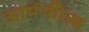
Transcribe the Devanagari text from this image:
आर्मफील्ड